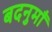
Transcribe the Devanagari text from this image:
बदनुमाँ